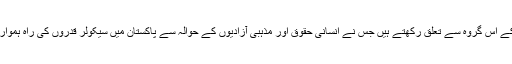
ڈاکٹر جان جوزف مسیحی کمیونٹی کے اس گروہ سے تعلق رکھتے ہیں جس نے انسانی حقوق اور مذہبی آزادیوں کے حوالہ سے پاکستان میں سیکولر قدروں کی راہ ہموار کرنے کے لیے بے پناہ محنت کی۔